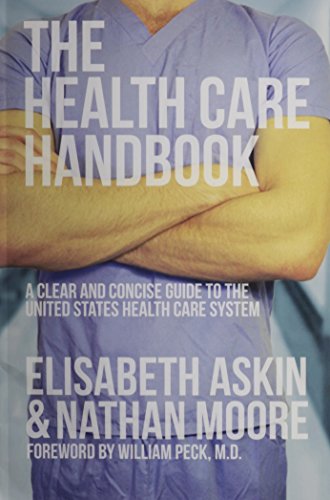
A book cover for The Health Care Handbook: A Clear and Concise Guide to the United States Health Care System; Elisabeth Askin; Medical Books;